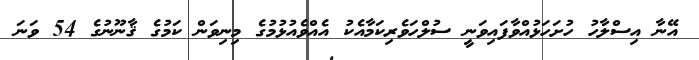
އޭނާ އިސްލާހު ހުށަހަޅުއްވާފައިވަނީ ސުލްހަވެރިކަމާއެކު އެއްވެއުޅުމުގެ މިނިވަން ކަމުގެ ޤާނޫނުގެ 54 ވަނަ